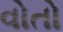
વોતો